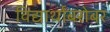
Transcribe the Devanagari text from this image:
विद्यार्थांबरोबर